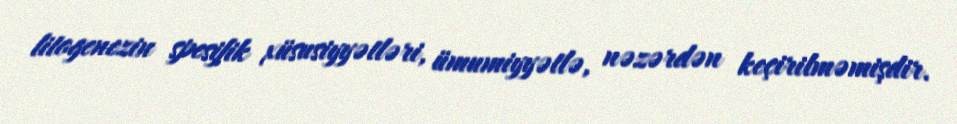
litogenezin spesifik xüsusiyyətləri, ümumiyyətlə, nəzərdən keçirilməmişdir.